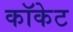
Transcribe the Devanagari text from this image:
कॉकेट